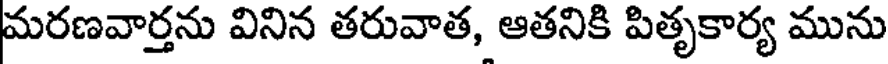
మరణవార్తను వినిన తరువాత, ఆతనికి పితృకార్య మును